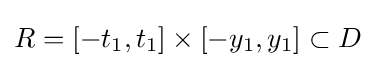
R=[-t_{1},t_{1}]\times [-y_{1},y_{1}]\subset D